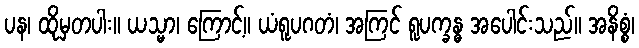
ပန၊ ထိုမှတပါး။ ယသ္မာ၊ ကြောင့်။ ယံရူပဂတံ၊ အကြင် ရူပက္ခန္ဓ အပေါင်းသည်။ အနိစ္စံ၊